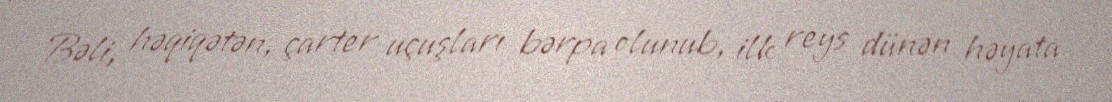
Bəli, həqiqətən, çarter uçuşları bərpa olunub, ilk reys dünən həyata